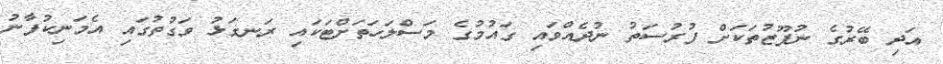
އަދި ބޭރުގެ ނުފޫޒުތަކަށް ފުރުސަތު ނުދެއްވައި ގައުމުގެ މަސްލަހަތަށްޓަކައި ރަނގަޅު ވަގުތުގައި އެމަނިކުފާނު